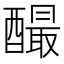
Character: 𨣅